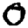
Digit: 0